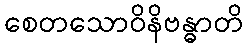
စေတသောဝိနိဗန္ဓာတိ